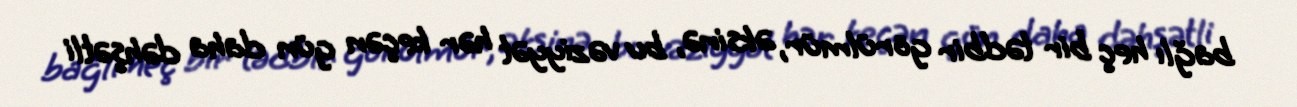
bağlı heç bir tədbir görülmür, əksinə, bu vəziyyət hər keçən gün daha dəhşətli